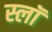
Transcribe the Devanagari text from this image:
स्लॉ